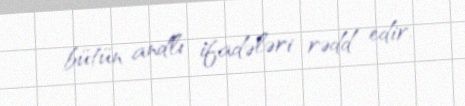
bütün andlı ifadələri rədd edir.